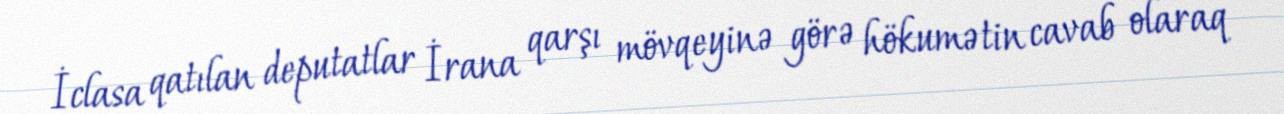
İclasa qatılan deputatlar İrana qarşı mövqeyinə görə hökumətin cavab olaraq